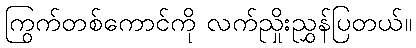
ကြွက်တစ်ကောင်ကို လက်ညှိုးညွှန်ပြတယ်။